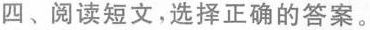
四、阅读短文,选择正确的答案。